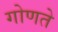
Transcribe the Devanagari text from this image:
गोणते